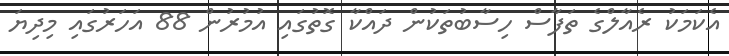
އެކަމަކު ރެއާލްގެ ތަފާސް ހިސާބުތަކުން ދައްކާ ގޮތުގައި އުމުރުން 88 އަހަރުގައި މިދިޔަ